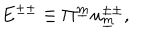
LaTeX: E ^ { \pm \pm } \equiv \Pi ^ { \underline { { { m } } } } u _ { \underline { { { m } } } } ^ { \pm \pm } , \qquad